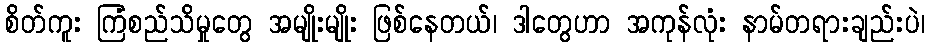
စိတ်ကူး ကြံစည်သိမှုတွေ အမျိုးမျိုး ဖြစ်နေတယ်၊ ဒါတွေဟာ အကုန်လုံး နာမ်တရားချည်းပဲ၊